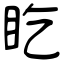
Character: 盵